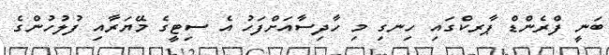
ބަނީ ފްރެންޑް ޕާރކްގައި ހިނގި މި ހާދިސާއަށްފަހު އެ ސިޓީގެ މޭޔަރާއި ފުލުހުންގެ